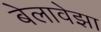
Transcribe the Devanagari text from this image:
बेलावेझा